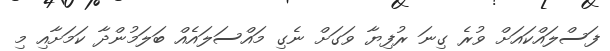
ފަސްލައްކައަށް ވުރެ ގިނަ ރުފިޔާ ވަގަށް ނެގި މައްސަލައެއް ބަލަމުންދާ ކަމަށާއި މި